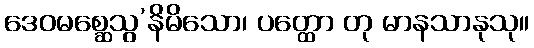
ဒေဝမစ္ဆေသွ’နိမိသော၊ ပတ္ထော တု မာနသာနုသု။